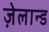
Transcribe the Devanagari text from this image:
ज़ेलान्ड